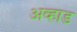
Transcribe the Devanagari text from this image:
अव्हाड